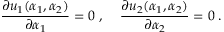
\frac { \partial u _ { 1 } ( \alpha _ { 1 } , \alpha _ { 2 } ) } { \partial \alpha _ { 1 } } = 0 \; , \; \; \; \; \frac { \partial u _ { 2 } ( \alpha _ { 1 } , \alpha _ { 2 } ) } { \partial \alpha _ { 2 } } = 0 \; .